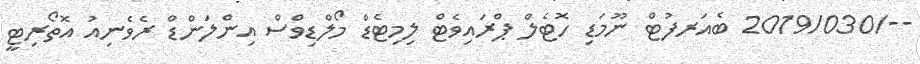
--/2019/030 ބެއަރފުޓް ނޫމަޑި ހޮޓެލް ޕްރައިވެޓް ލިމިޓެޑް މޯލްޑިވްސް އިންލަންޑް ރެވެނިއު އޮތޯރިޓީ